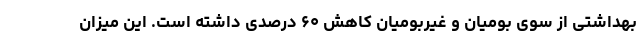
بهداشتی از سوی بومیان و غیربومیان کاهش ۶۰ درصدی داشته است. این میزان